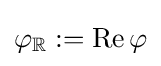
\varphi _{\mathbb {R} }:=\operatorname {Re} \varphi